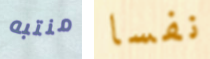
منتبه نفسا